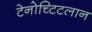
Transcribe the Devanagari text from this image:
टेनोच्टिटलान